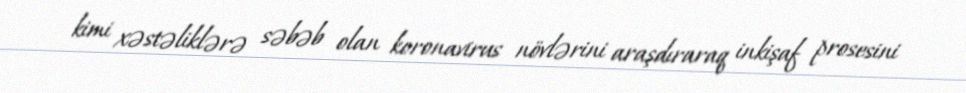
kimi xəstəliklərə səbəb olan koronavirus növlərini araşdıraraq inkişaf prosesini